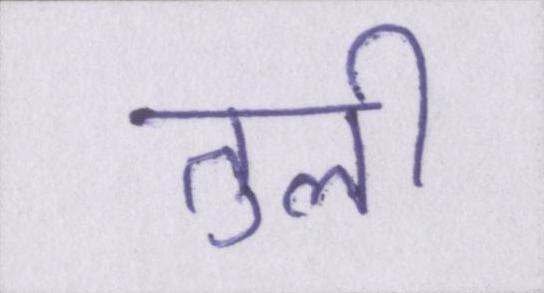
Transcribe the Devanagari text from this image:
तुली